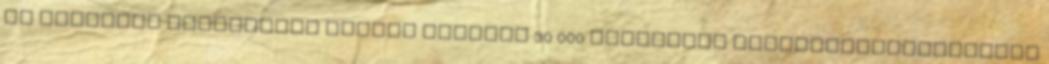
az Egyesült Államokban működő mintegy 30 000 független karosszériajavítónak